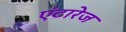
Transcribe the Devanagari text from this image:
एंटारेज